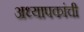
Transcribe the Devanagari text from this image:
अध्यापकांची